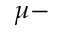
\mu -